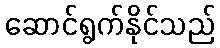
ဆောင်ရွက်နိုင်သည်